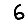
Digit: 6